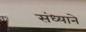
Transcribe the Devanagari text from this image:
संध्याने